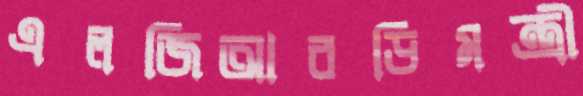
এলজিআরডিমন্ত্রী